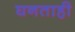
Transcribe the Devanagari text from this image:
घनताही